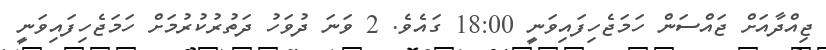
ޖިއްދާއަށް ޖައްސަން ހަމަޖެހިފައިވަނީ 18:00 ގައެވެ. 2 ވަނަ ދުވަހު ދަތުރުކުރުމަށް ހަމަޖެހިފައިވަނީ